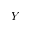
Y